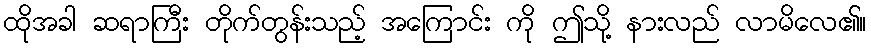
ထိုအခါ ဆရာကြီး တိုက်တွန်းသည့် အကြောင်း ကို ဤသို့ နားလည် လာမိလေ၏။